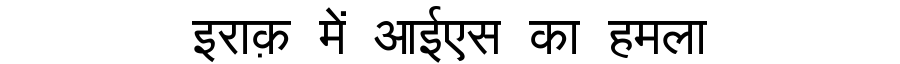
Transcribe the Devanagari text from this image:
इराक़ में आईएस का हमला